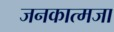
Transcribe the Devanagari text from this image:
जनकात्मजा